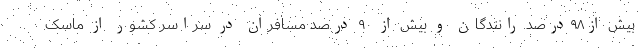
بیش از۹۸درصد رانندگان و بیش از ۹۰ درصد مسافران در سراسر کشور از ماسک